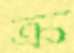
ক্র